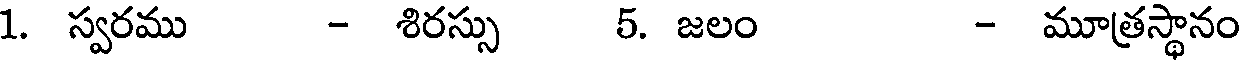
1. స్వరము - శిరస్సు 5. జలం - మూత్రస్థానం